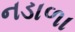
નડાળા